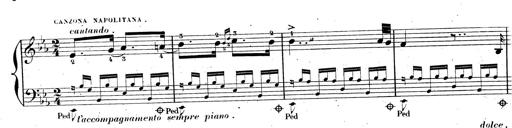
Title: AnnÃ©es de pÃ¨lerinage II, SupplÃ©ment
Composer: Franz Liszt